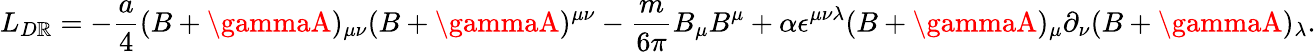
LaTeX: L_{D\mathbb{R}}=-{\frac{{a}}{{4}}}(B+\gammaA)_{\mu\nu}(B+\gammaA)^{\mu\nu}-{\frac{{m}}{{6\pi}}}B_{\mu}B^{\mu}+\alpha\epsilon^{\mu\nu\lambda}(B+\gammaA)_{\mu}\partial_{\nu}(B+\gammaA)_{\lambda}.